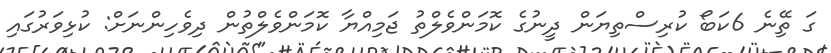
ގަ ތިޭނެ 6ކަބޯ ކުރިސްތިޔަން ދީނުގެ ކޮމަންވެލްތު ޖަމިއްޔާ ކޮމަންވެލްތުން ދިވެހިންނަށް: ކުޅިވަރުގައި